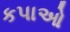
કપાઓ